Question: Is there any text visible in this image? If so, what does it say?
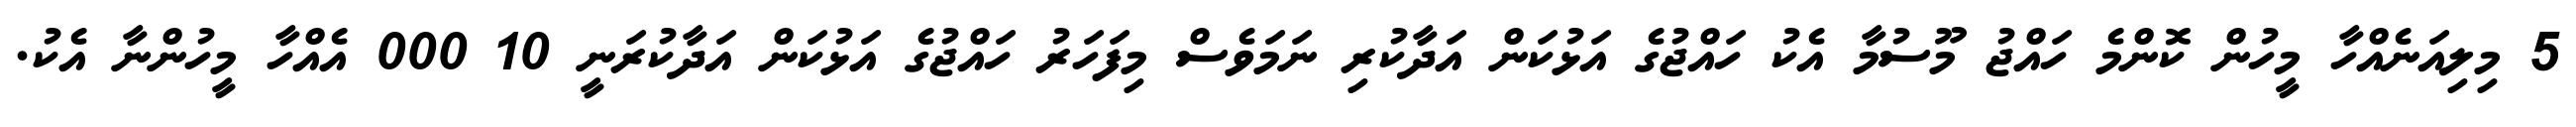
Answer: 5 މިލިއަނެއްހާ މީހުން ކޮންމެ ހައްޖު މޫސުމާ އެކު ހައްޖުގެ އަޅުކަން އަދާކުރި ނަމަވެސް މިފަހަރު ހައްޖުގެ އަޅުކަން އަދާކުރަނީ 10 000 އެއްހާ މީހުންނާ އެކު.